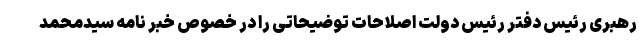
رهبری رئیس دفتر رئیس دولت اصلاحات توضیحاتی را در خصوص خبر نامه سیدمحمد